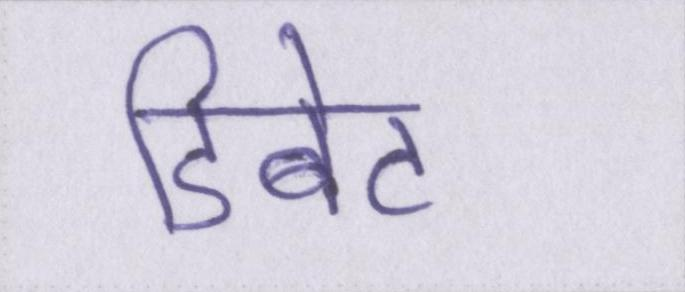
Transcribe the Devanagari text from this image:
डिबेट